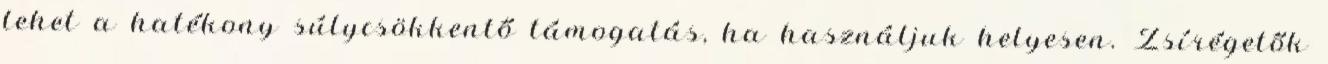
lehet a hatékony súlycsökkentő támogatás, ha használjuk helyesen. Zsírégetők